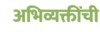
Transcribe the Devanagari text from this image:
अभिव्यक्तींची